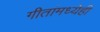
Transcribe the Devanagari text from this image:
गीतांमध्येही